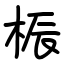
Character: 桭